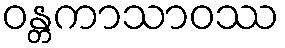
ဝန္တကာသာဝဿ